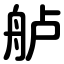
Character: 舻